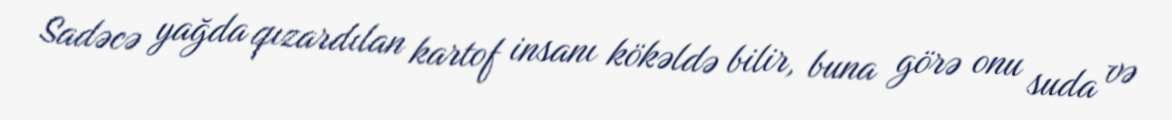
Sadəcə yağda qızardılan kartof insanı kökəldə bilir, buna görə onu suda və